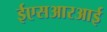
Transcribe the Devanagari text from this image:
ईएसआरआई